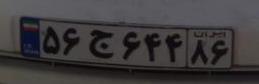
۵۶ج۶۴۴۸۶